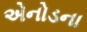
એનોડના